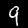
Digit: 9